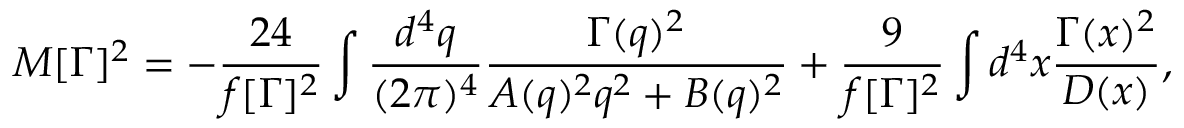
M [ \Gamma ] ^ { 2 } = - \frac { 2 4 } { f [ \Gamma ] ^ { 2 } } \int \frac { d ^ { 4 } q } { ( 2 \pi ) ^ { 4 } } \frac { \Gamma ( q ) ^ { 2 } } { A ( q ) ^ { 2 } q ^ { 2 } + B ( q ) ^ { 2 } } + \frac { 9 } { f [ \Gamma ] ^ { 2 } } \int d ^ { 4 } x \frac { \Gamma ( x ) ^ { 2 } } { D ( x ) } ,